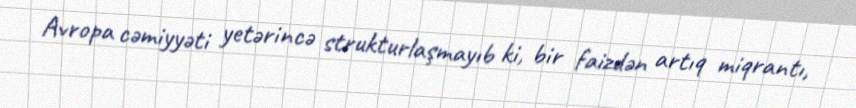
Avropa cəmiyyəti yetərincə strukturlaşmayıb ki, bir faizdən artıq miqrantı,